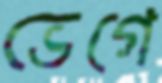
ভেগে